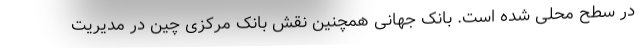
در سطح محلی شده است. بانک جهانی همچنین نقش بانک مرکزی چین در مدیریت